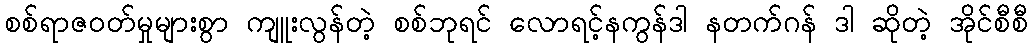
စစ်ရာဇဝတ်မှုများစွာ ကျူးလွန်တဲ့ စစ်ဘုရင် လောရင့်နကွန်ဒါ နတက်ဂန် ဒါ ဆိုတဲ့ အိုင်စီစီ